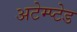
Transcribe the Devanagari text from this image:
अटेम्प्टेड